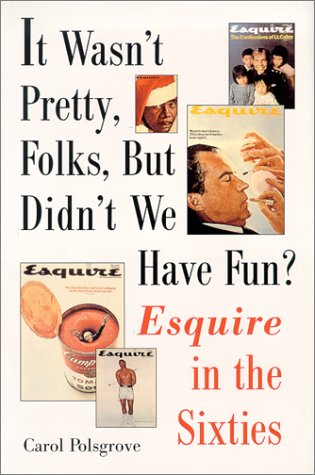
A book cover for It Wasn't Pretty, Folks, but Didn't We Have Fun?: Esquire in the Sixties; Carol Polsgrove; Humor & Entertainment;